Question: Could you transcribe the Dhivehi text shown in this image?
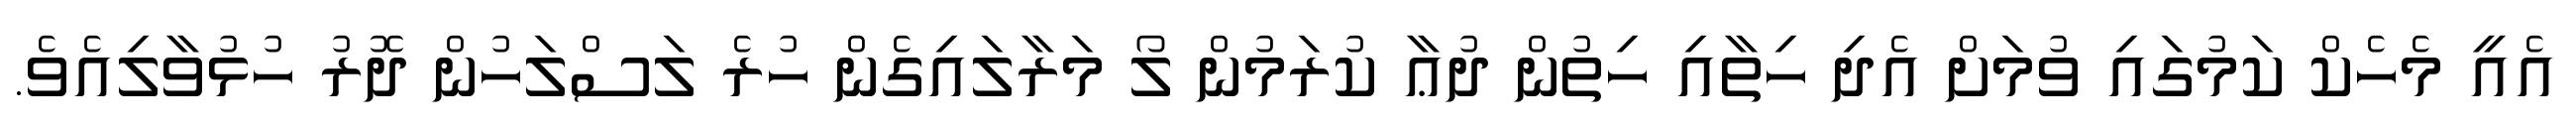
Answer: އެއީ މެހެކް ކަމުގައި ވުމަށް އެދި ހިތާއި ހިތުން ދުޢާ ކުރަމުން ލޯ މަރާލައިގެން ހުރެ ލަސްލަހުން ދޮރު ހުޅުވާލިއެވެ.